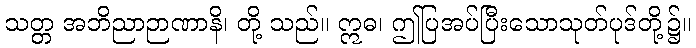
သတ္တ အဘိညာဉာဏာနိ၊ တို့ သည်။ ဣဓ၊ ဤပြအပ်ပြီးသောသုတ်ပုဒ်တို့၌။